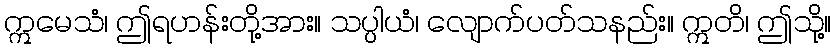
ဣမေသံ၊ ဤရဟန်းတို့အား။ သပ္ပါယံ၊ လျောက်ပတ်သနည်း။ ဣတိ၊ ဤသို့။